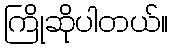
ကြိုဆိုပါတယ်။